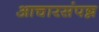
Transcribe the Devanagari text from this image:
आचारसंपन्न